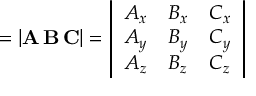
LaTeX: = | \mathbf { A } \, \mathbf { B } \, \mathbf { C } | = \left| { \begin{array} { c c c } { A _ { x } } & { B _ { x } } & { C _ { x } } \\ { A _ { y } } & { B _ { y } } & { C _ { y } } \\ { A _ { z } } & { B _ { z } } & { C _ { z } } \end{array} } \right|